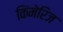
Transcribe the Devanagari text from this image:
किंमेरिज